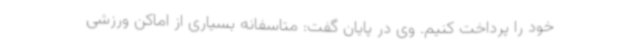
خود را پرداخت کنیم. وی در پایان گفت: متاسفانه بسیاری از اماکن ورزشی